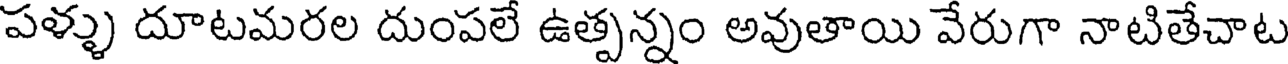
పళ్ళు దూటమరల దుంపలే ఉత్పన్నం అవుతాయి వేరుగా నాటితేచాట